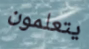
يتعلمون